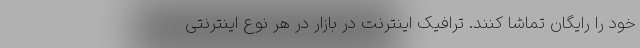
خود را رایگان تماشا کنند. ترافیک اینترنت در بازار در هر نوع اینترنتی